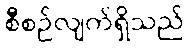
စီစဉ်လျက်ရှိသည်